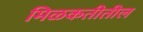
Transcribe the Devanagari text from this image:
मिळकतीतील